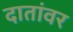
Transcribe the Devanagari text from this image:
दातांवर